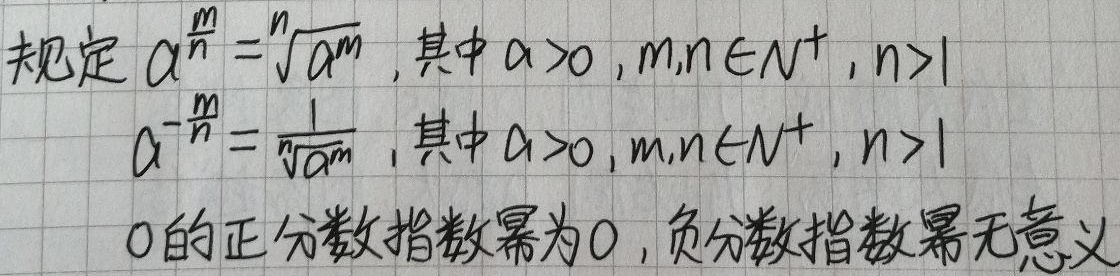
规定\(a^{\frac{m}{n}} = \sqrt[n]{a^{m}}\)，其中\(a > 0\)，\(m,n\in N^{+}\)，\(n > 1\)；\(a^{-\frac{m}{n}} = \frac{1}{\sqrt[n]{a^{m}}}\)，其中\(a > 0\)，\(m,n\in N^{+}\)，\(n > 1\)。\(0\)的正分数指数幂为\(0\)，负分数指数幂无意义。